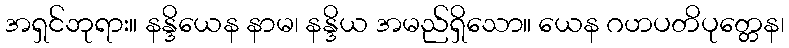
အရှင်ဘုရား။ နန္ဒိယေန နာမ၊ နန္ဒိယ အမည်ရှိသော။ ယေန ဂဟပတိပုတ္တေန၊